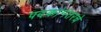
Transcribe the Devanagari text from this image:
पदकांनंतरचे